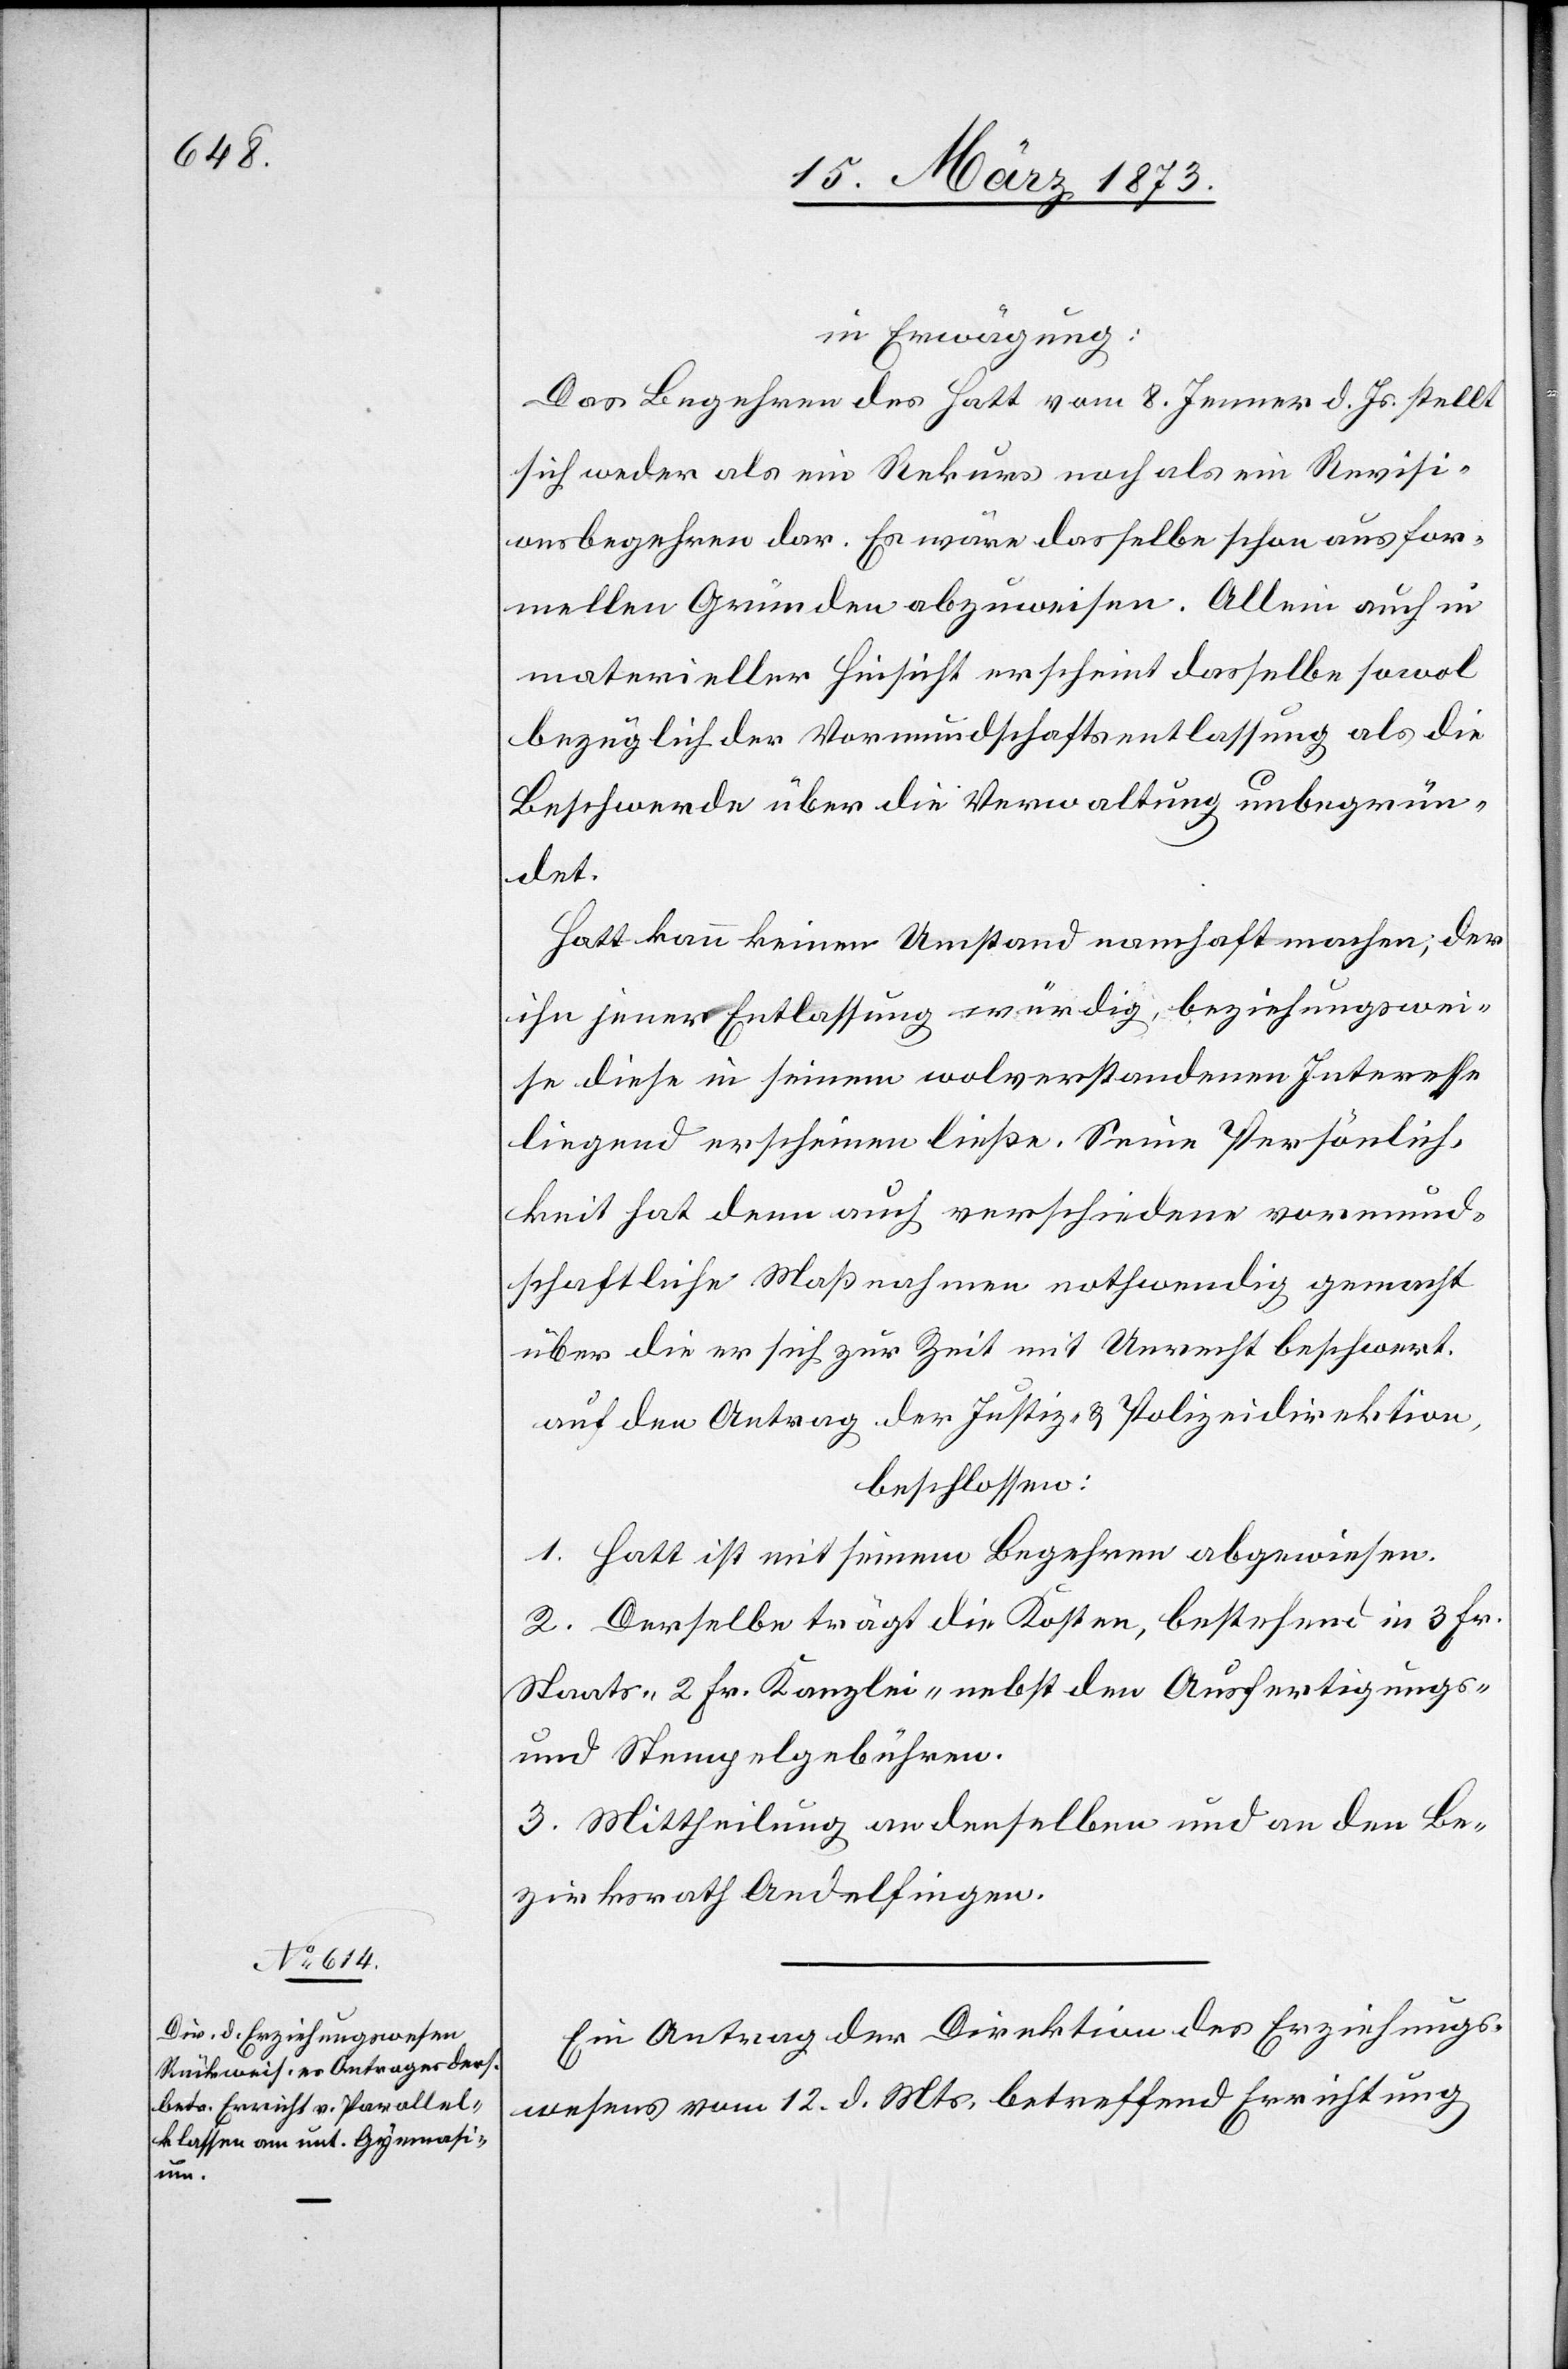
in Erwägung:
Das Begehren des Hatt vom 8. Jenner d. Js. stellt
sich weder als ein Rekurs noch als ein Revisi¬
onsbegehren dar. Es wäre dasselbe schon aus for¬
mellen Gründen abzuweisen. Allein auch in
materieller Hinsicht erscheint dasselbe sowol
bezüglich der Vormundschaftsentlassung als die
Beschwerde über die Verwaltung unbegrün¬
det.
Hatt kann keinen Umstand namhaft mache; der
ihn jener Entlassung würdig, beziehungswei¬
se diese in seinem wolverstandenen Interesse
liegend erscheinen ließe. Seine Persönlich¬
keit hat denn auch verschiedene vormund¬
schaftliche Maßnahmen nothwendig gemacht
über die er sich zur Zeit mit Unrecht beschwert.
auf den Antrag der Justiz- u. Polizeidirektion,
beschlossen:
1. Hatt ist mit seinem Begehren abgewiesen.
2. Derselbe trägt die Kosten, bestehend in 3 Fr.
Staats-[,] 2 Fr. Kanzlei- nebst den Ausfertigungs-
und Stempelgebühren.
3. Mittheilung an denselben und an den Be¬
zirksrath Andelfingen.
Ein Antrag der Direktion des Erziehungs¬
wesens vom 12. d. Mts. betreffend Errichtung